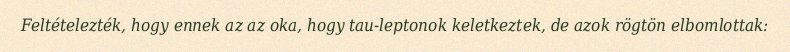
Feltételezték, hogy ennek az az oka, hogy tau-leptonok keletkeztek, de azok rögtön elbomlottak: